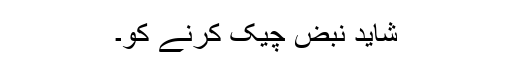
شاید نبض چیک کرنے کو۔